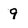
Character: 9